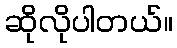
ဆိုလိုပါတယ်။